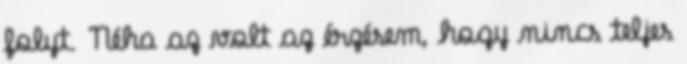
folyt. Néha az volt az érzésem, hogy nincs teljes